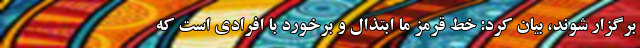
برگزار شوند، بیان کرد: خط قرمز ما ابتذال و برخورد با افرادی است که